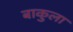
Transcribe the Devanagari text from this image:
बाकुला